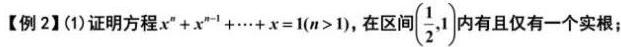
【例2】(1)证明方程$x^{n}+x^{n - 1}+\cdots + x = 1(n>1)$，在区间$(\frac{1}{2},1)$内有且仅有一个实根；